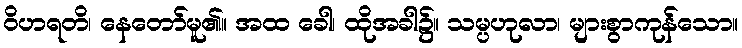
ဝိဟရတိ၊ နေတော်မူ၏။ အထ ခေါ၊ ထိုအခါ၌။ သမ္ပဟုလာ၊ များစွာကုန်သော။